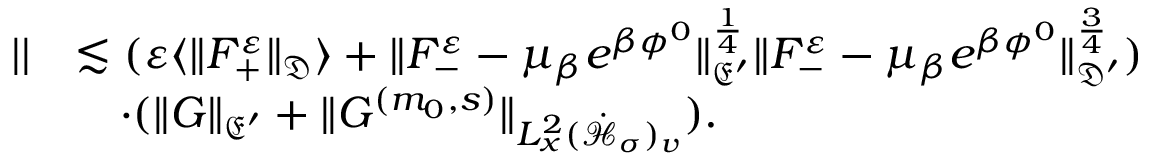
\begin{array} { r l } { | | } & { \lesssim ( \varepsilon \langle \| F _ { + } ^ { \varepsilon } \| _ { \mathfrak D } \rangle + \| F _ { - } ^ { \varepsilon } - \mu _ { \beta } e ^ { \beta \phi ^ { 0 } } \| _ { \mathfrak E ^ { \prime } } ^ { \frac { 1 } { 4 } } \| F _ { - } ^ { \varepsilon } - \mu _ { \beta } e ^ { \beta \phi ^ { 0 } } \| _ { \mathfrak D ^ { \prime } } ^ { \frac { 3 } { 4 } } ) } \\ & { \quad \cdot ( \| G \| _ { \mathfrak E ^ { \prime } } + \| G ^ { ( m _ { 0 } , s ) } \| _ { L _ { x } ^ { 2 } ( \dot { \mathcal H } _ { \sigma } ) _ { v } } ) . } \end{array}